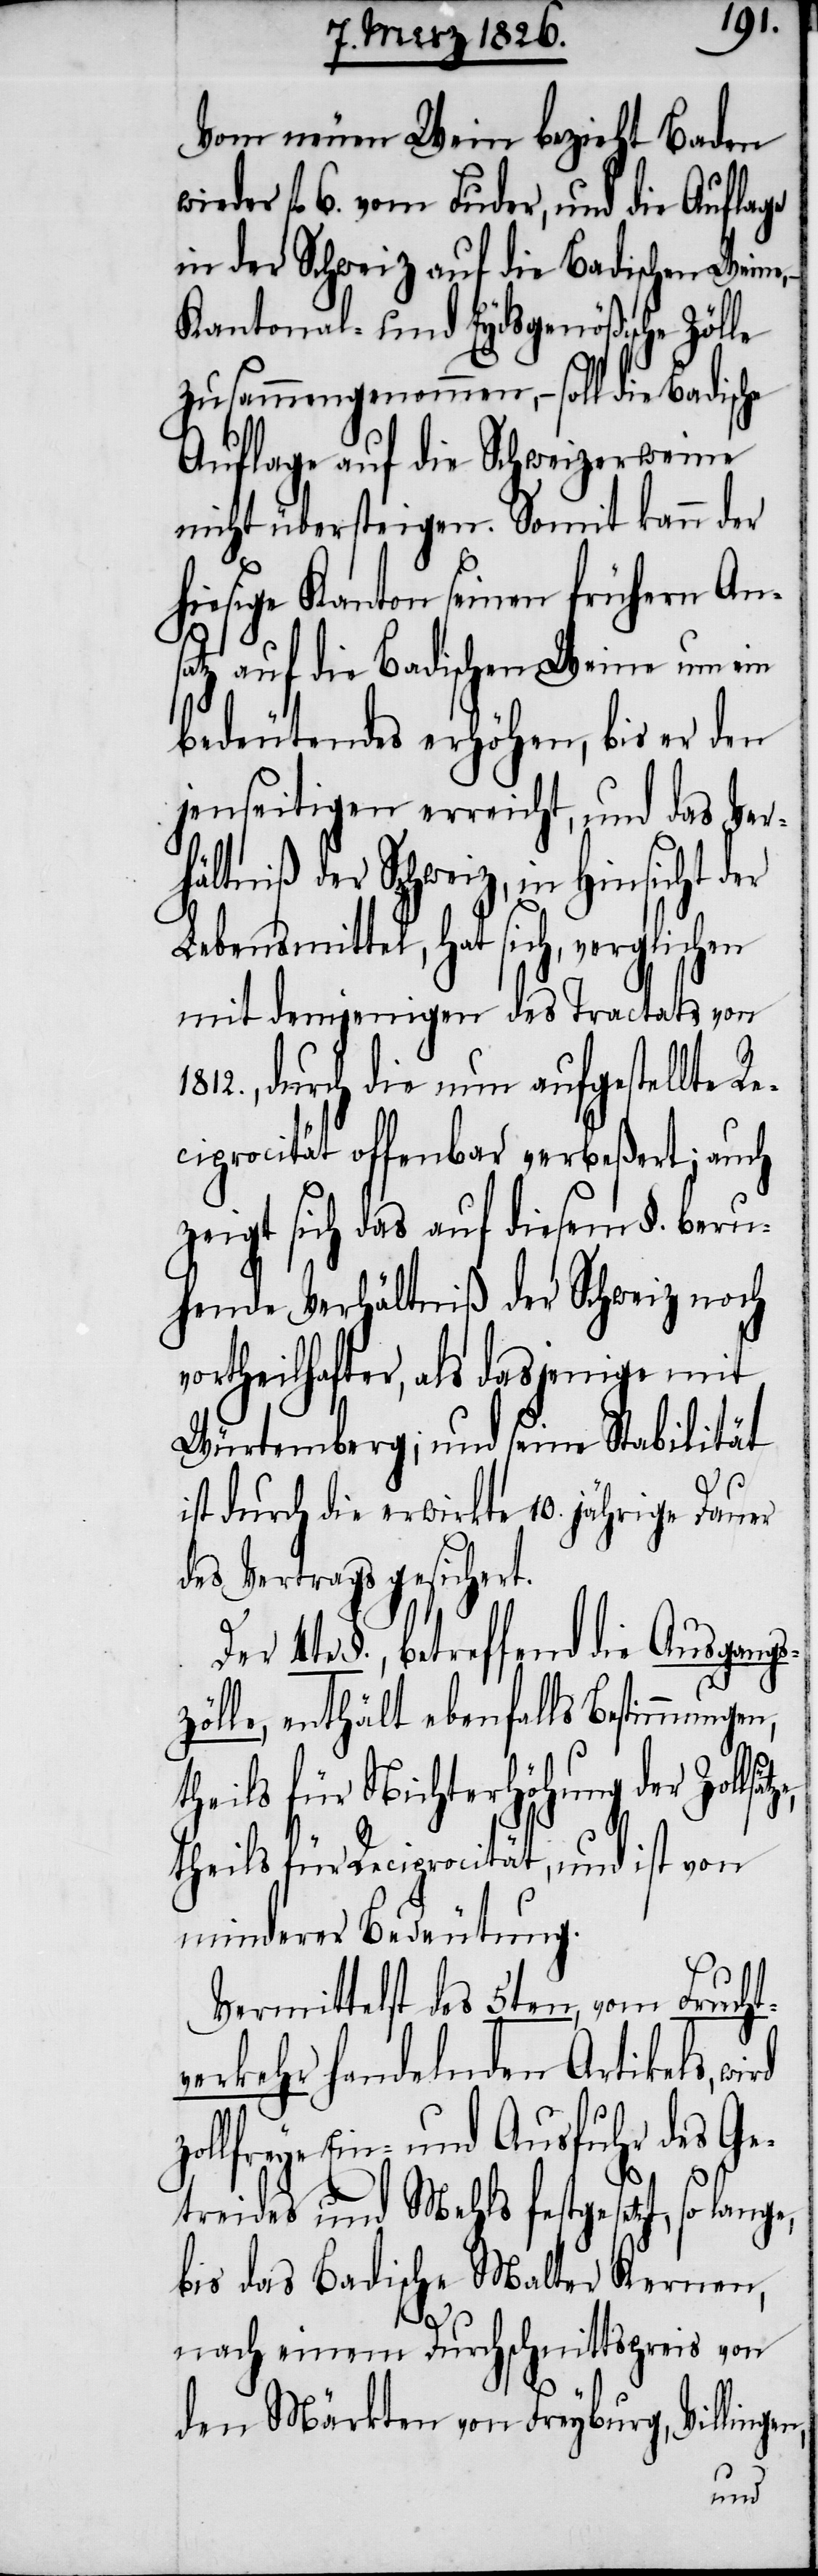
tze,
Vom neuen Wein bezieht Baden
wieder fl. 6. vom Fuder, und die Auflage
in der Schweiz auf die Badischen Weine,
Kantonal- und Eydsgenößische Zölle
zusammengenommen, – soll die Badische
Auflage auf die Schweizerweine
nicht übersteigen. Somit kann der
hiesige Kanton seinen frühern Ans¬
atz auf die Badischen Weine um ein
bedeutendes erhöhen, bis er den
jenseitigen erreicht, und das Verh¬
ältniß der Schweiz, in Hinsicht
Lebensmittel, hat sich, verglichen
mit demjenigen des Tractats von
durch die nun aufgestellte Re¬
ciprocität offenbar verbeßert; auch
zeigt sich das auf diesem §. beru¬
hende Verhältniß der Schweiz noch
ortheilhafter, als dasjenige mit
Würtemberg; und seine Stabilität
ist durch die erwirkte 10. jährige Dauer
des Vertrags gesichert.
4te §., betreffend die Ausgangs¬
zölle, enthält ebenfalls Bestimmungen,
theils für Nichterhöhung der Zollsä¬
theils für Reciprocität, und ist von
minderer Bedeutung.
Vermittelst des 5ten, vom Frucht¬
verkehr handelnden Artikels,
zollfreye Ein- und Ausfuhr des Ge¬
treides und Mehls festgesetzt,
bis das Badische Malter Kernen,
nach einem Durchschnittspreis von
den Märkten von Freyburg, Villing¬
en,